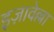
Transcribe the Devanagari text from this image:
इज़ावेल्ला